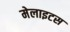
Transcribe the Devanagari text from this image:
मेलाइटस